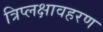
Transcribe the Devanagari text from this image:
त्रिप्लक्षावहरण